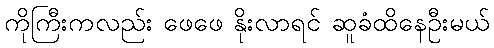
ကိုကြီးကလည်း ဖေဖေ နိုးလာရင် ဆူခံထိနေဦးမယ်